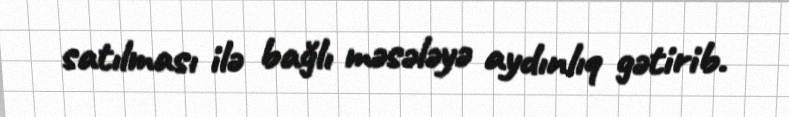
satılması ilə bağlı məsələyə aydınlıq gətirib.